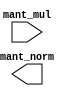
module normalization (
    input  [48:0] mant_mul,
    output [48:0] mant_norm
);
    

    
endmodule